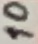
Text: 10